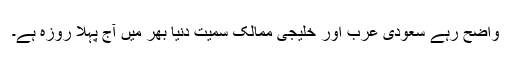
واضح رہے سعودی عرب اور خلیجی ممالک سمیت دنیا بھر میں آج پہلا روزہ ہے۔